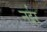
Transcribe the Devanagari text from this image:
नईर